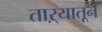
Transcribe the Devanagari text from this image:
ताऱ्यातून